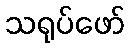
သရုပ်ဖော်